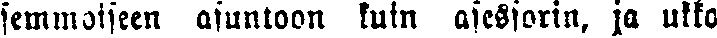
semmoiseen asuntoon kuin asessorin, ja ukko